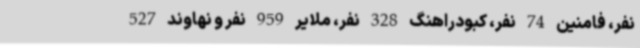
نفر، فامنین 74 نفر، کبودراهنگ 328 نفر، ملایر 959 نفر و نهاوند 527